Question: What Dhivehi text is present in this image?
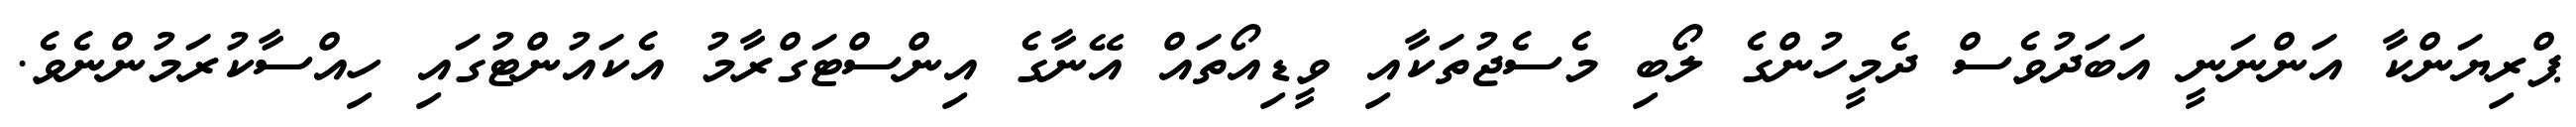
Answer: ޕްރިޔަންކާ އަންނަނީ އަބަދުވެސް ދެމީހުންގެ ލޯބި މެސެޖުތަކާއި ވީޑިއޯތައް އޭނާގެ އިންސްޓަގްރާމު އެކައުންޓުގައި ހިއްސާކުރަމުންނެވެ.